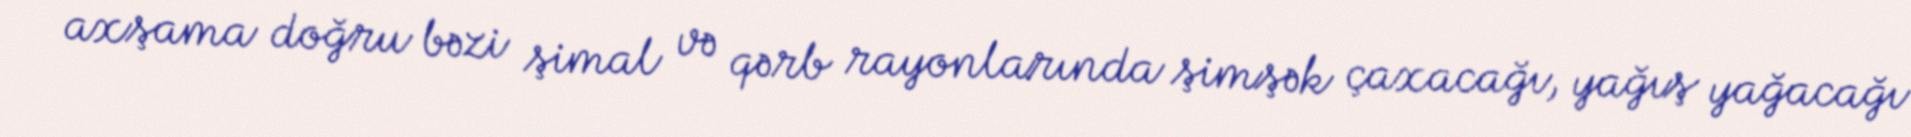
axşama doğru bəzi şimal və qərb rayonlarında şimşək çaxacağı, yağış yağacağı